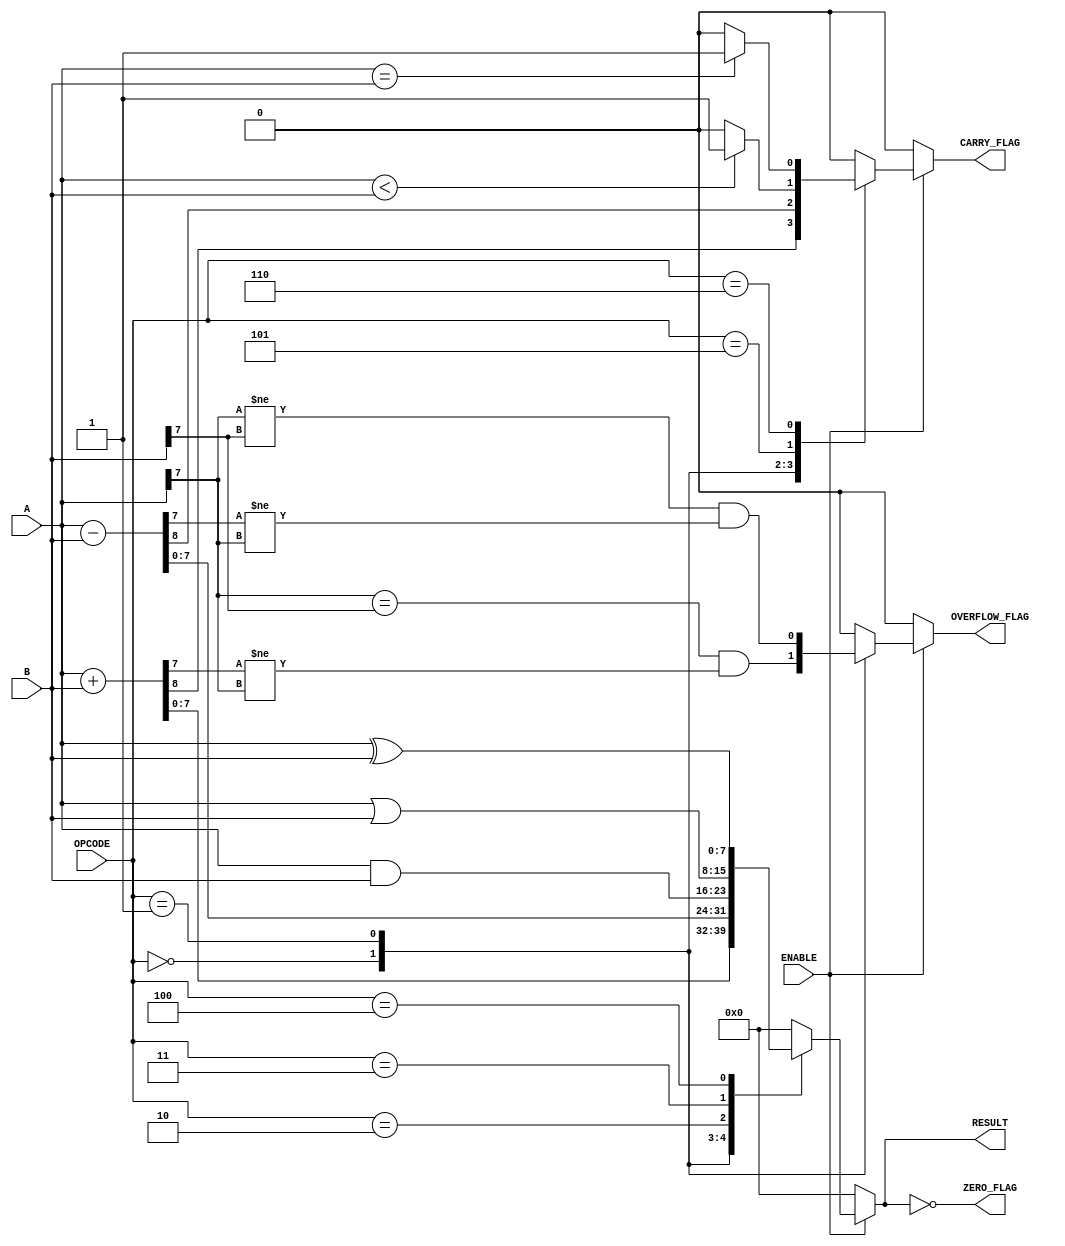
module parameterized_alu #(
    parameter DATA_WIDTH = 8
)(
    input  wire [DATA_WIDTH-1:0] A,        // First operand
    input  wire [DATA_WIDTH-1:0] B,        // Second operand
    input  wire [2:0] OPCODE,               // Operation code
    input  wire ENABLE,                      // Enable signal
    output reg [DATA_WIDTH-1:0] RESULT,     // ALU result
    output reg ZERO_FLAG,                   // Zero flag
    output reg CARRY_FLAG,                  // Carry flag
    output reg OVERFLOW_FLAG                 // Overflow flag
);

    always @(*) begin
        if (ENABLE) begin
            case (OPCODE)
                3'b000: begin // Addition
                    {CARRY_FLAG, RESULT} = A + B;
                    OVERFLOW_FLAG = (A[DATA_WIDTH-1] == B[DATA_WIDTH-1]) && (RESULT[DATA_WIDTH-1] != A[DATA_WIDTH-1]);
                end
                3'b001: begin // Subtraction
                    {CARRY_FLAG, RESULT} = A - B;
                    OVERFLOW_FLAG = (A[DATA_WIDTH-1] != B[DATA_WIDTH-1]) && (RESULT[DATA_WIDTH-1] != A[DATA_WIDTH-1]);
                end
                3'b010: begin // Bitwise AND
                    RESULT = A & B;
                    CARRY_FLAG = 1'b0; // No carry in logical operations
                    OVERFLOW_FLAG = 1'b0; // No overflow in logical operations
                end
                3'b011: begin // Bitwise OR
                    RESULT = A | B;
                    CARRY_FLAG = 1'b0; // No carry in logical operations
                    OVERFLOW_FLAG = 1'b0; // No overflow in logical operations
                end
                3'b100: begin // Bitwise XOR
                    RESULT = A ^ B;
                    CARRY_FLAG = 1'b0; // No carry in logical operations
                    OVERFLOW_FLAG = 1'b0; // No overflow in logical operations
                end
                3'b101: begin // Comparison (A < B)
                    RESULT = 0; // Result not used for comparison
                    CARRY_FLAG = A < B ? 1'b1 : 1'b0;
                    OVERFLOW_FLAG = 1'b0; // No overflow in logical operations
                end
                3'b110: begin // Comparison (A == B)
                    RESULT = 0; // Result not used for comparison
                    CARRY_FLAG = (A == B) ? 1'b1 : 1'b0;
                    OVERFLOW_FLAG = 1'b0; // No overflow in logical operations
                end
                default: begin // Default case
                    RESULT = 0;
                    CARRY_FLAG = 1'b0;
                    OVERFLOW_FLAG = 1'b0;
                end
            endcase
        end else begin
            RESULT = 0;           // Default value when disabled
            CARRY_FLAG = 1'b0;    // No carry
            OVERFLOW_FLAG = 1'b0; // No overflow
        end

        // Zero flag logic
        ZERO_FLAG = (RESULT == 0);
    end

endmodule